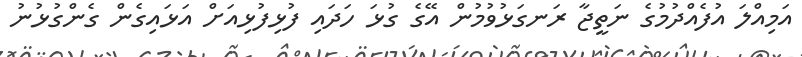
އަމިއްލަ އުފެއްދުމުގެ ނަތީޖާ ރަނގަޅުވުމުން އޭގެ ގުޅަ ހަދައި ފުޅިފުޅިއަށް އަޅައިގެން ގެންގުޅުނު